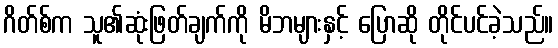
ဂိတ်စ်က သူ၏ဆုံးဖြတ်ချက်ကို မိဘများနှင့် ပြောဆို တိုင်ပင်ခဲ့သည်။